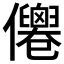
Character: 𠑗